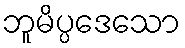
ဘူမိပ္ပဒေသော